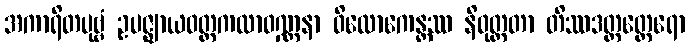
အကာရိတပုဗ္ဗံ ဥပဇ္ဈာယဝတ္တကထာဝဏ္ဏနာ ဝိလောကေန္တဿ နိဝုတ္ထတာ တိဿဒတ္တတ္ထေရော